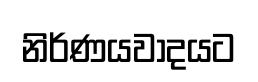
නිර්ණයවාදයට